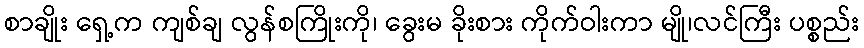
စာချိုး ရှေ့က ကျစ်ချ လွန်စကြိုးကို၊ ခွေးမ ခိုးစား ကိုက်ဝါးကာ မျို၊လင်ကြီး ပစ္စည်း